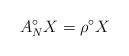
LaTeX: \begin{align*} A^{{\circ}}_NX=\rho^{\circ} X\end{align*}